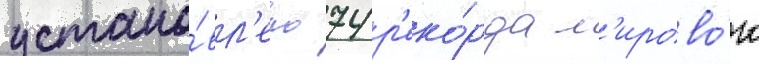
устано́вл'ено 74 р'еко́рда м'ирово́го